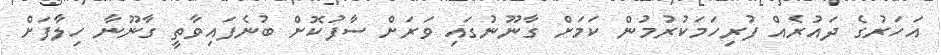
އަހަރުގެ ދައުރެއް ފުރިހަމަކުރުމުން ކަމަށް ގާނޫނުގައި ވަރަށް ސާފުކޮށް ބުނެފައިވާތީ ގާނޫނާ ހިލާފަށް